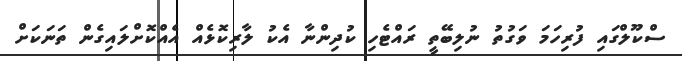
ސްކޫލްގައި ފުރިހަމަ ވަގުތު ނުލިބޭތީ ރައްޓެހި ކުދިންނާ އެކު ލާރިކޮޅެއް އެއްކޮށްލައިގެން ތަނަކަށް